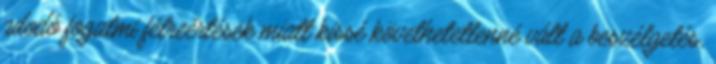
adodó fogalmi félreértések miatt kissé követhetetlenné vált a beszélgetés,